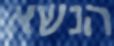
הנשא